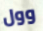
وول